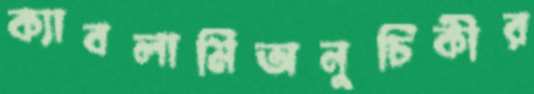
ক্যাবলামিঅনুচিকীর